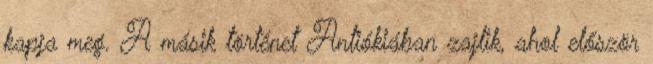
kapja meg. A másik történet Antiókiában zajlik, ahol először